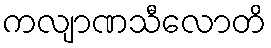
ကလျာဏသီလောတိ